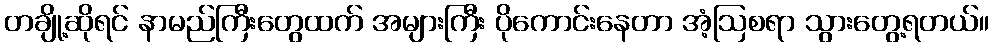
တချို့ဆိုရင် နာမည်ကြီးတွေထက် အများကြီး ပိုကောင်းနေတာ အံ့ဩစရာ သွားတွေ့ရတယ်။